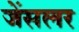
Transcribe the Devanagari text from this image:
जेंसलर